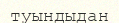
туындыдан